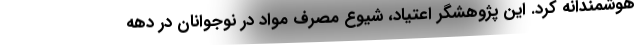
هوشمندانه کرد. این پژوهشگر اعتیاد، شیوع مصرف مواد در نوجوانان در دهه